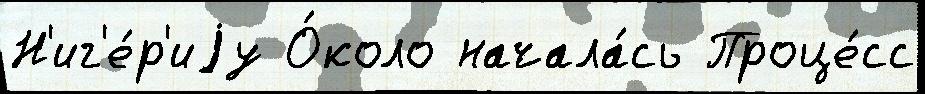
Н'иг'е́р'иjу О́коло начала́сь Проце́сс